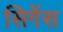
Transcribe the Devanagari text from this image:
सिगेंस